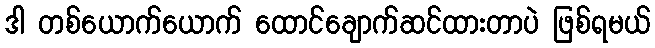
ဒါ တစ်ယောက်ယောက် ထောင်ချောက်ဆင်ထားတာပဲ ဖြစ်ရမယ်